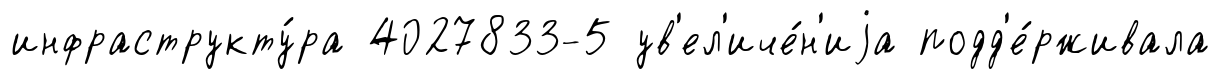
инфраструкту́ра 4027833-5 ув'ел'иче́н'иjа подд'е́рживала